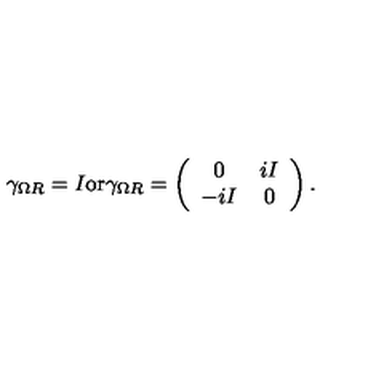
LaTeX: \gamma _ { \Omega R } = I \mathrm { o r } \gamma _ { \Omega R } = \left( \begin{array} { c c } { 0 } & { i I } \\ { - i I } & { 0 } \\ \end{array} \right) .